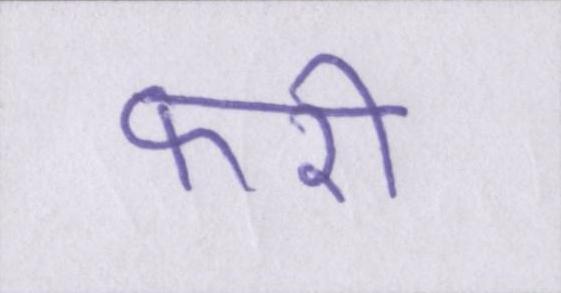
फरी